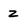
Character: z